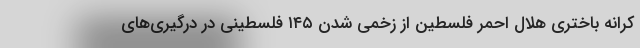
کرانه باختری هلال احمر فلسطین از زخمی شدن ۱۴۵ فلسطینی در درگیری‌های